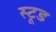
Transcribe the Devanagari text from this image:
स्टूड